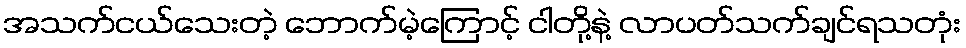
အသက်ငယ်သေးတဲ့ ဘောက်မဲ့ကြောင့် ငါတို့နဲ့ လာပတ်သက်ချင်ရသတုံး